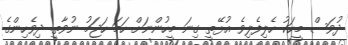
ދުވަސް މީހަކު ހެލިފެލިވެ އުޅޭތީ ގިނަ މީހުންނަށް ހަމަ ހަޖަމު ނުވާތީ. ދިވެހިންގެ